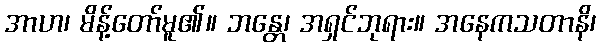
အာဟ၊ မိန့်တော်မူ၏။ ဘန္တေ၊ အရှင်ဘုရား။ အနေကသတာနိ၊